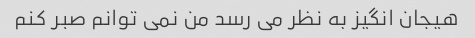
هیجان انگیز به نظر می رسد من نمی توانم صبر کنم